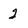
Character: 2